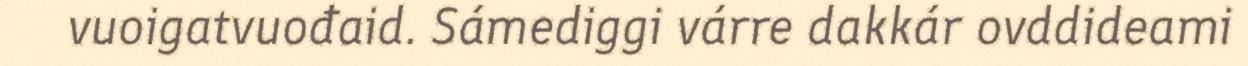
vuoigatvuođaid. Sámediggi várre dakkár ovddideami